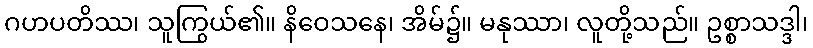
ဂဟပတိဿ၊ သူကြွယ်၏။ နိဝေသနေ၊ အိမ်၌။ မနုဿာ၊ လူတို့သည်။ ဥစ္စာသဒ္ဒါ၊